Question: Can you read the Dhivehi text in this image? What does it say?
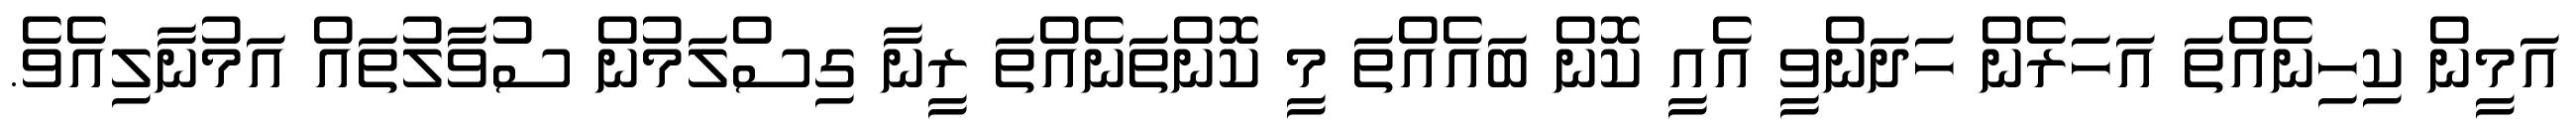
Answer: އަމީން ކިހިނެއްތަ އަހަރެން ހަދަންވީ އެއީ ކޮން ބައެއްތަ މީ ކޮންތަނެއްތަ ރީނާ ގިސްލަމުން ސުވާލުތައް އަމުނާލިއެވެ.